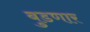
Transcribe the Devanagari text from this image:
बुडणार